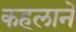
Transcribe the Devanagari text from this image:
कहलानें